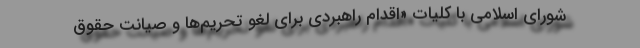
شورای اسلامی با کلیات «اقدام راهبردی برای لغو تحریم‌ها و صیانت حقوق